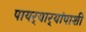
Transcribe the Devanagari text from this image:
पायर्‍यार्‍यांपाशी